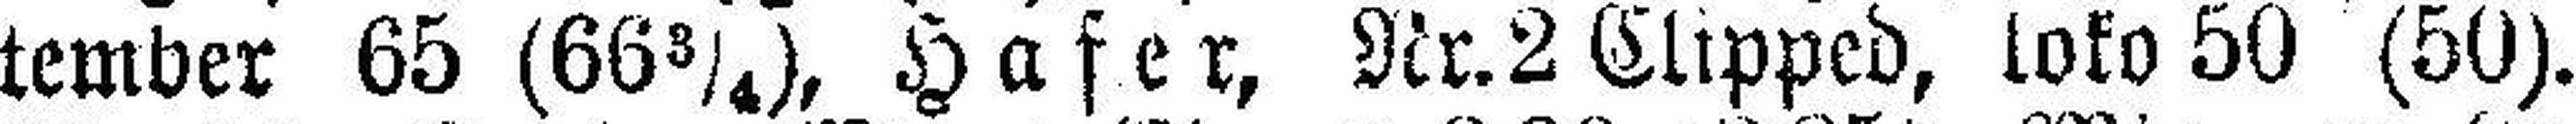
tember 65 (66¾), Hafer, Nr. 2 Clipped, loko 50 (50).